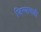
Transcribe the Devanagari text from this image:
जिन्याचाही